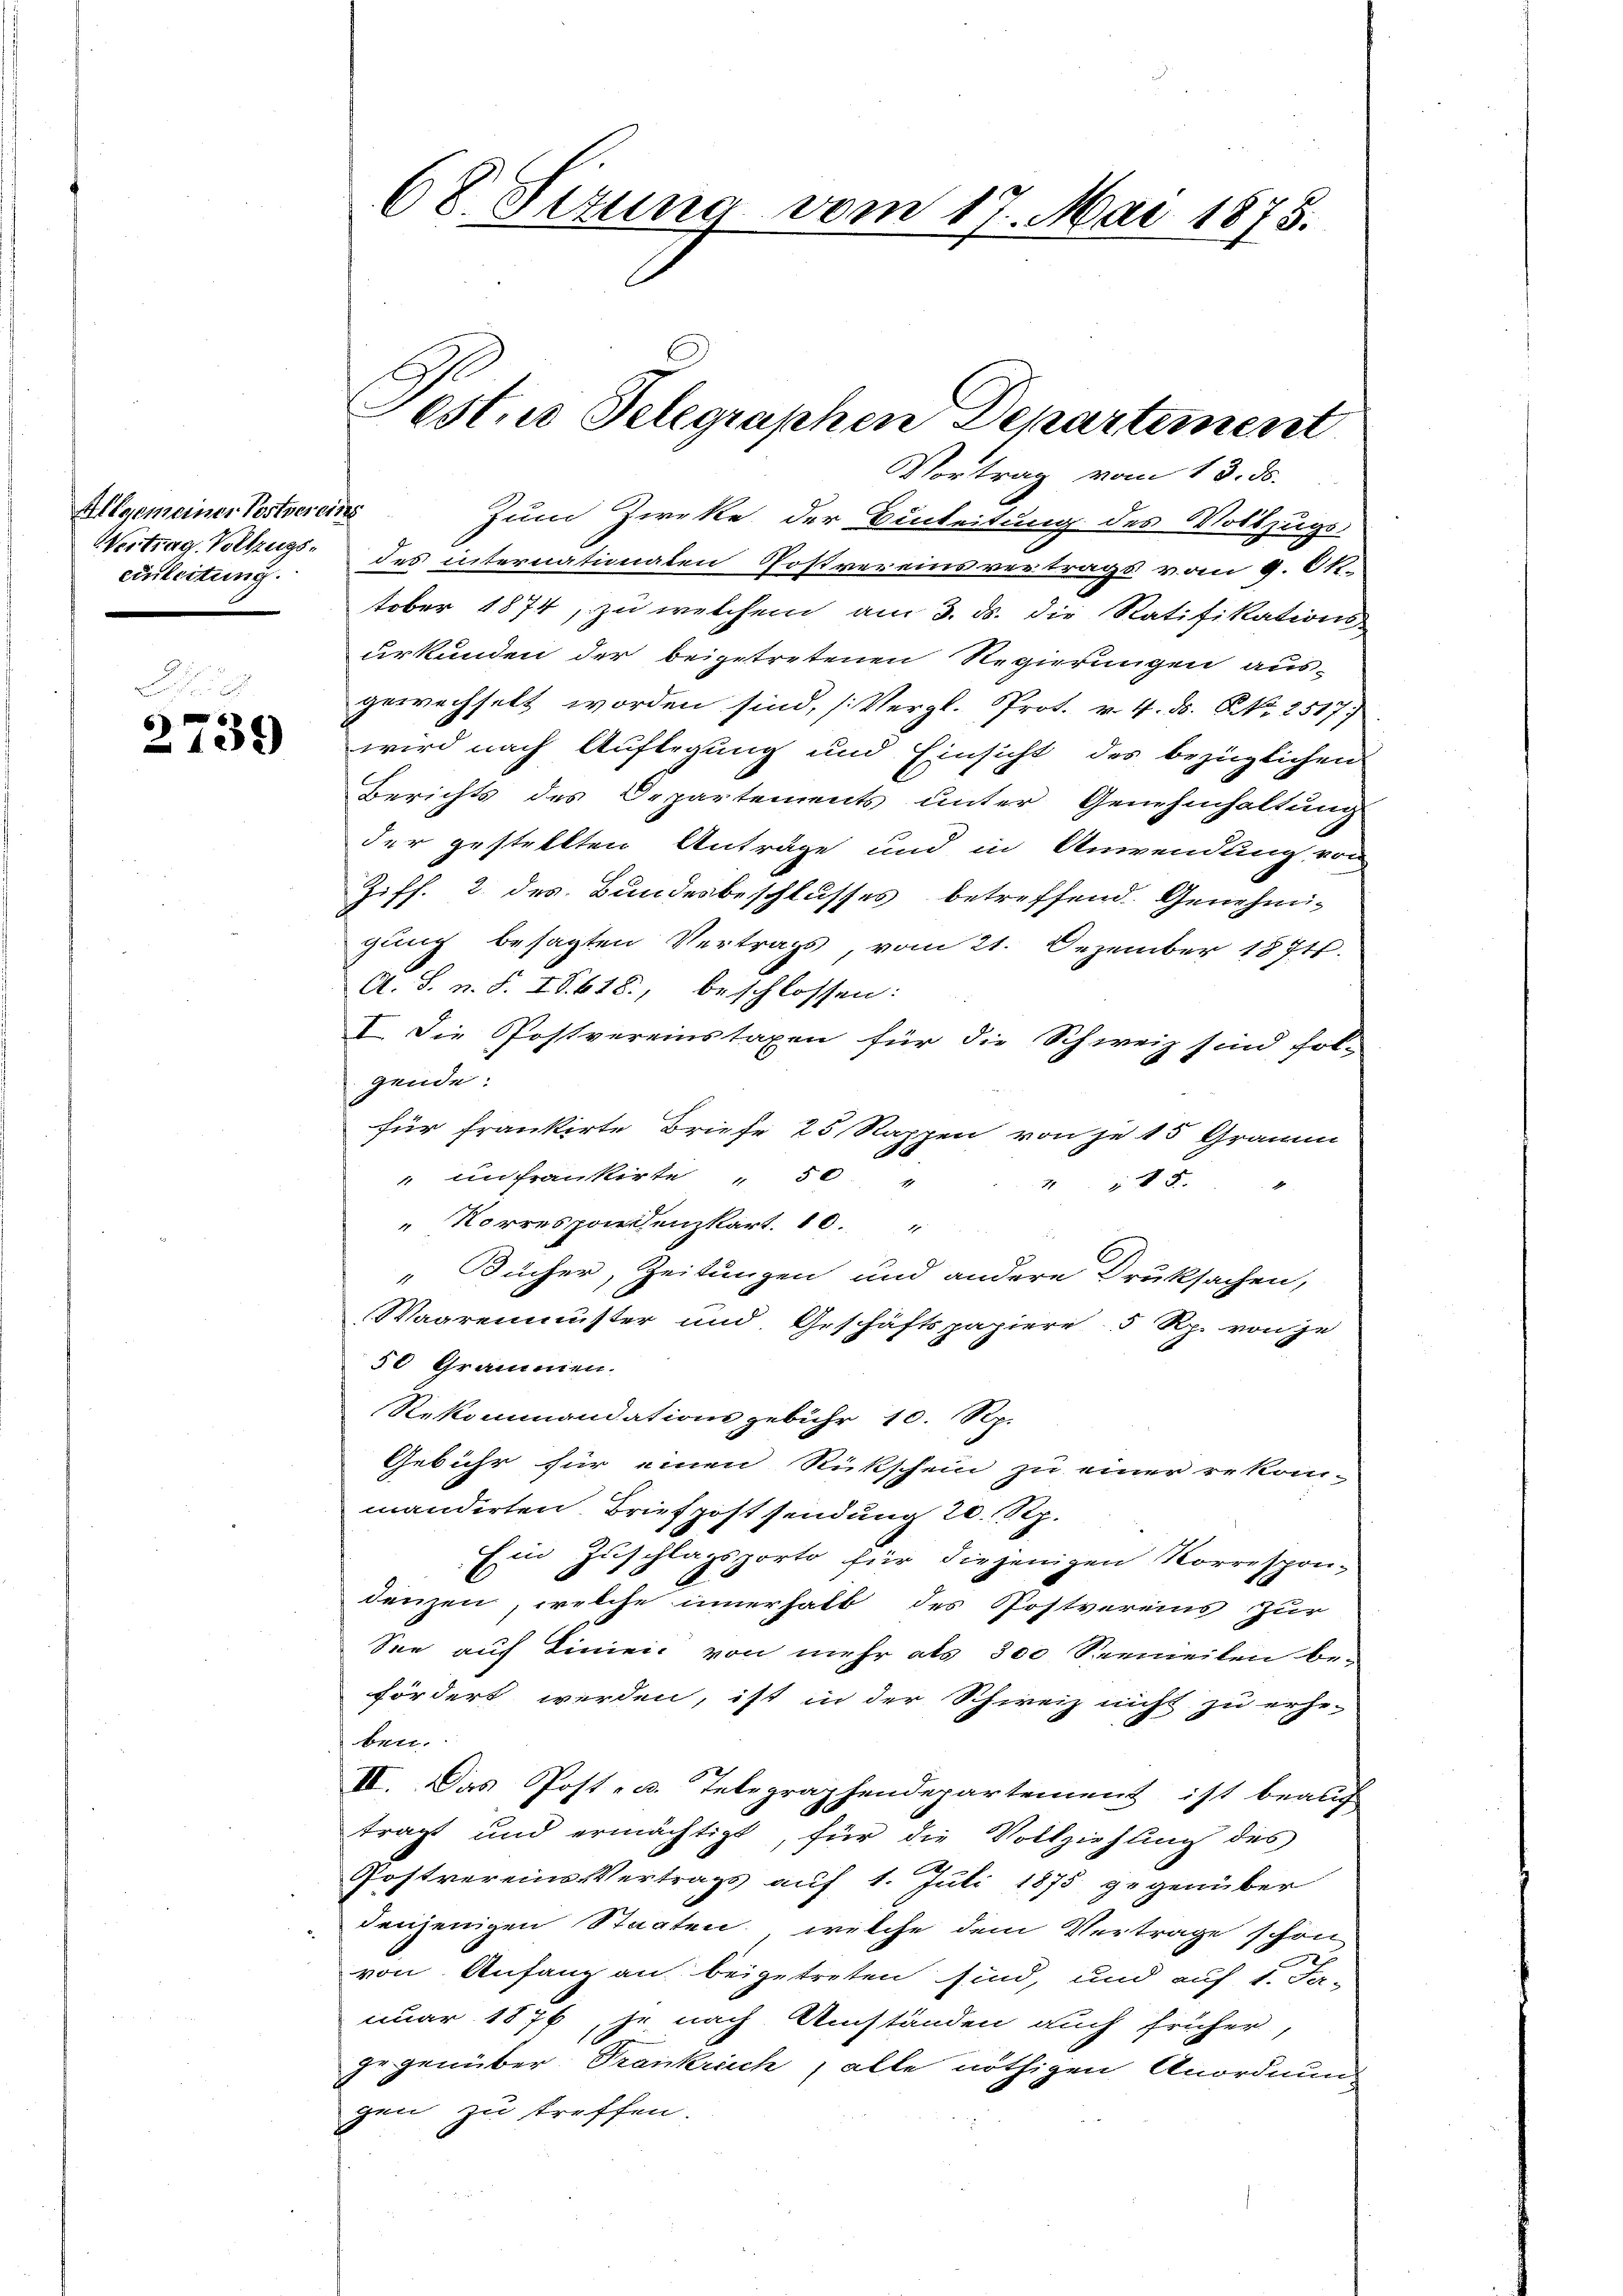
Allgemeiner Postvereins
einleitung.

6)
139

Zum Zweke der Einleitung des Vollzugs-
Vertrag Vollzugs des internationalen Postvereinsvertrags vom 9. Ok-
tober 1874, zu welchem am 3. ds. die Ratifikations-
urkunden der beigetretenen Regierungen ausgewechselt worden sind, (Vergl. Prot. v. 4. d. P. Nr. 2517
wird nach Auflegung und Einsicht des bezüglichen
Berichts des Departements unter Genehmhaltung
der gestellten Anträge und in Anwendung von
Ziff. 2 des Bundesbeschlusses betreffend. Genehmi-
gung besagten Vertrags, vom 21. Dezember 1871.
A. S. n. F. IV 618., beschlossen:
I. Die Postvereinstaxen für die Schweiz sind fol-
gende:
für frankirte Briefe 25 Rappen von je 15 Gramm
" ein frankirte " 50 "
415.
Norrespondenzkart. 10.
„Bücher, Zeitungen und andere Druksachen,
Waarenmuster und Geschäftspapiere 5 Rp. von je
50 Grammen.
Rekommandationsgebühr 10. Rp.
Gebühr für einen Rückschein zu einer rekom-
manderten Briefpost sendung 20 Rp.
Ein Zuschlagsporto für diejenigen Korrespon-
denzen, welche innerhalb des Postvereins zur
Sie auf Linien von mehr als 300 Seemeilen be-
fördert werden, ist in der Schweiz nicht zu erhe-
ber.
II. Das Post- u. Telegraphendepartement ist beauf
trägt und ermächtigt, für die Vollziehung des
Postvereins Vertrags auf 1. Juli 1875 gegenüber
denjenigen Staaten, welche dem Vertrage schon
von Anfang an beigetreten sind, und auf 1. Ja-
nuar 1876, je nach Umständen auch früher,
gegenüber Trankreich, alle nöthigen Anordnung
gen zu treffen.

68. Sizung vom 17. Mai 1875.

Pest. Telegraphen Departement
Vortrag vom 13. ds.